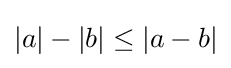
|a|-|b|\leq |a-b|